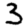
Digit: 3